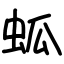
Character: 蛌